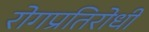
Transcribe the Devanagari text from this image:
रोगप्रतिरोधी